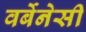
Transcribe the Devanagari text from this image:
वर्बेनेसी